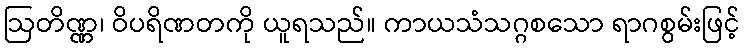
ဩတိဏ္ဏ၊ ဝိပရိဏတကို ယူရသည်။ ကာယသံသဂ္ဂစသော ရာဂစွမ်းဖြင့်